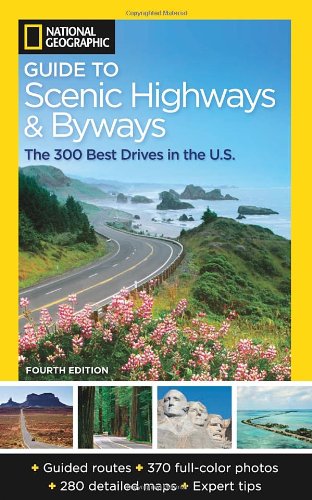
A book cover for National Geographic Guide to Scenic Highways and Byways, 4th Edition: The 300 Best Drives in the U.S.; National Geographic; Travel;